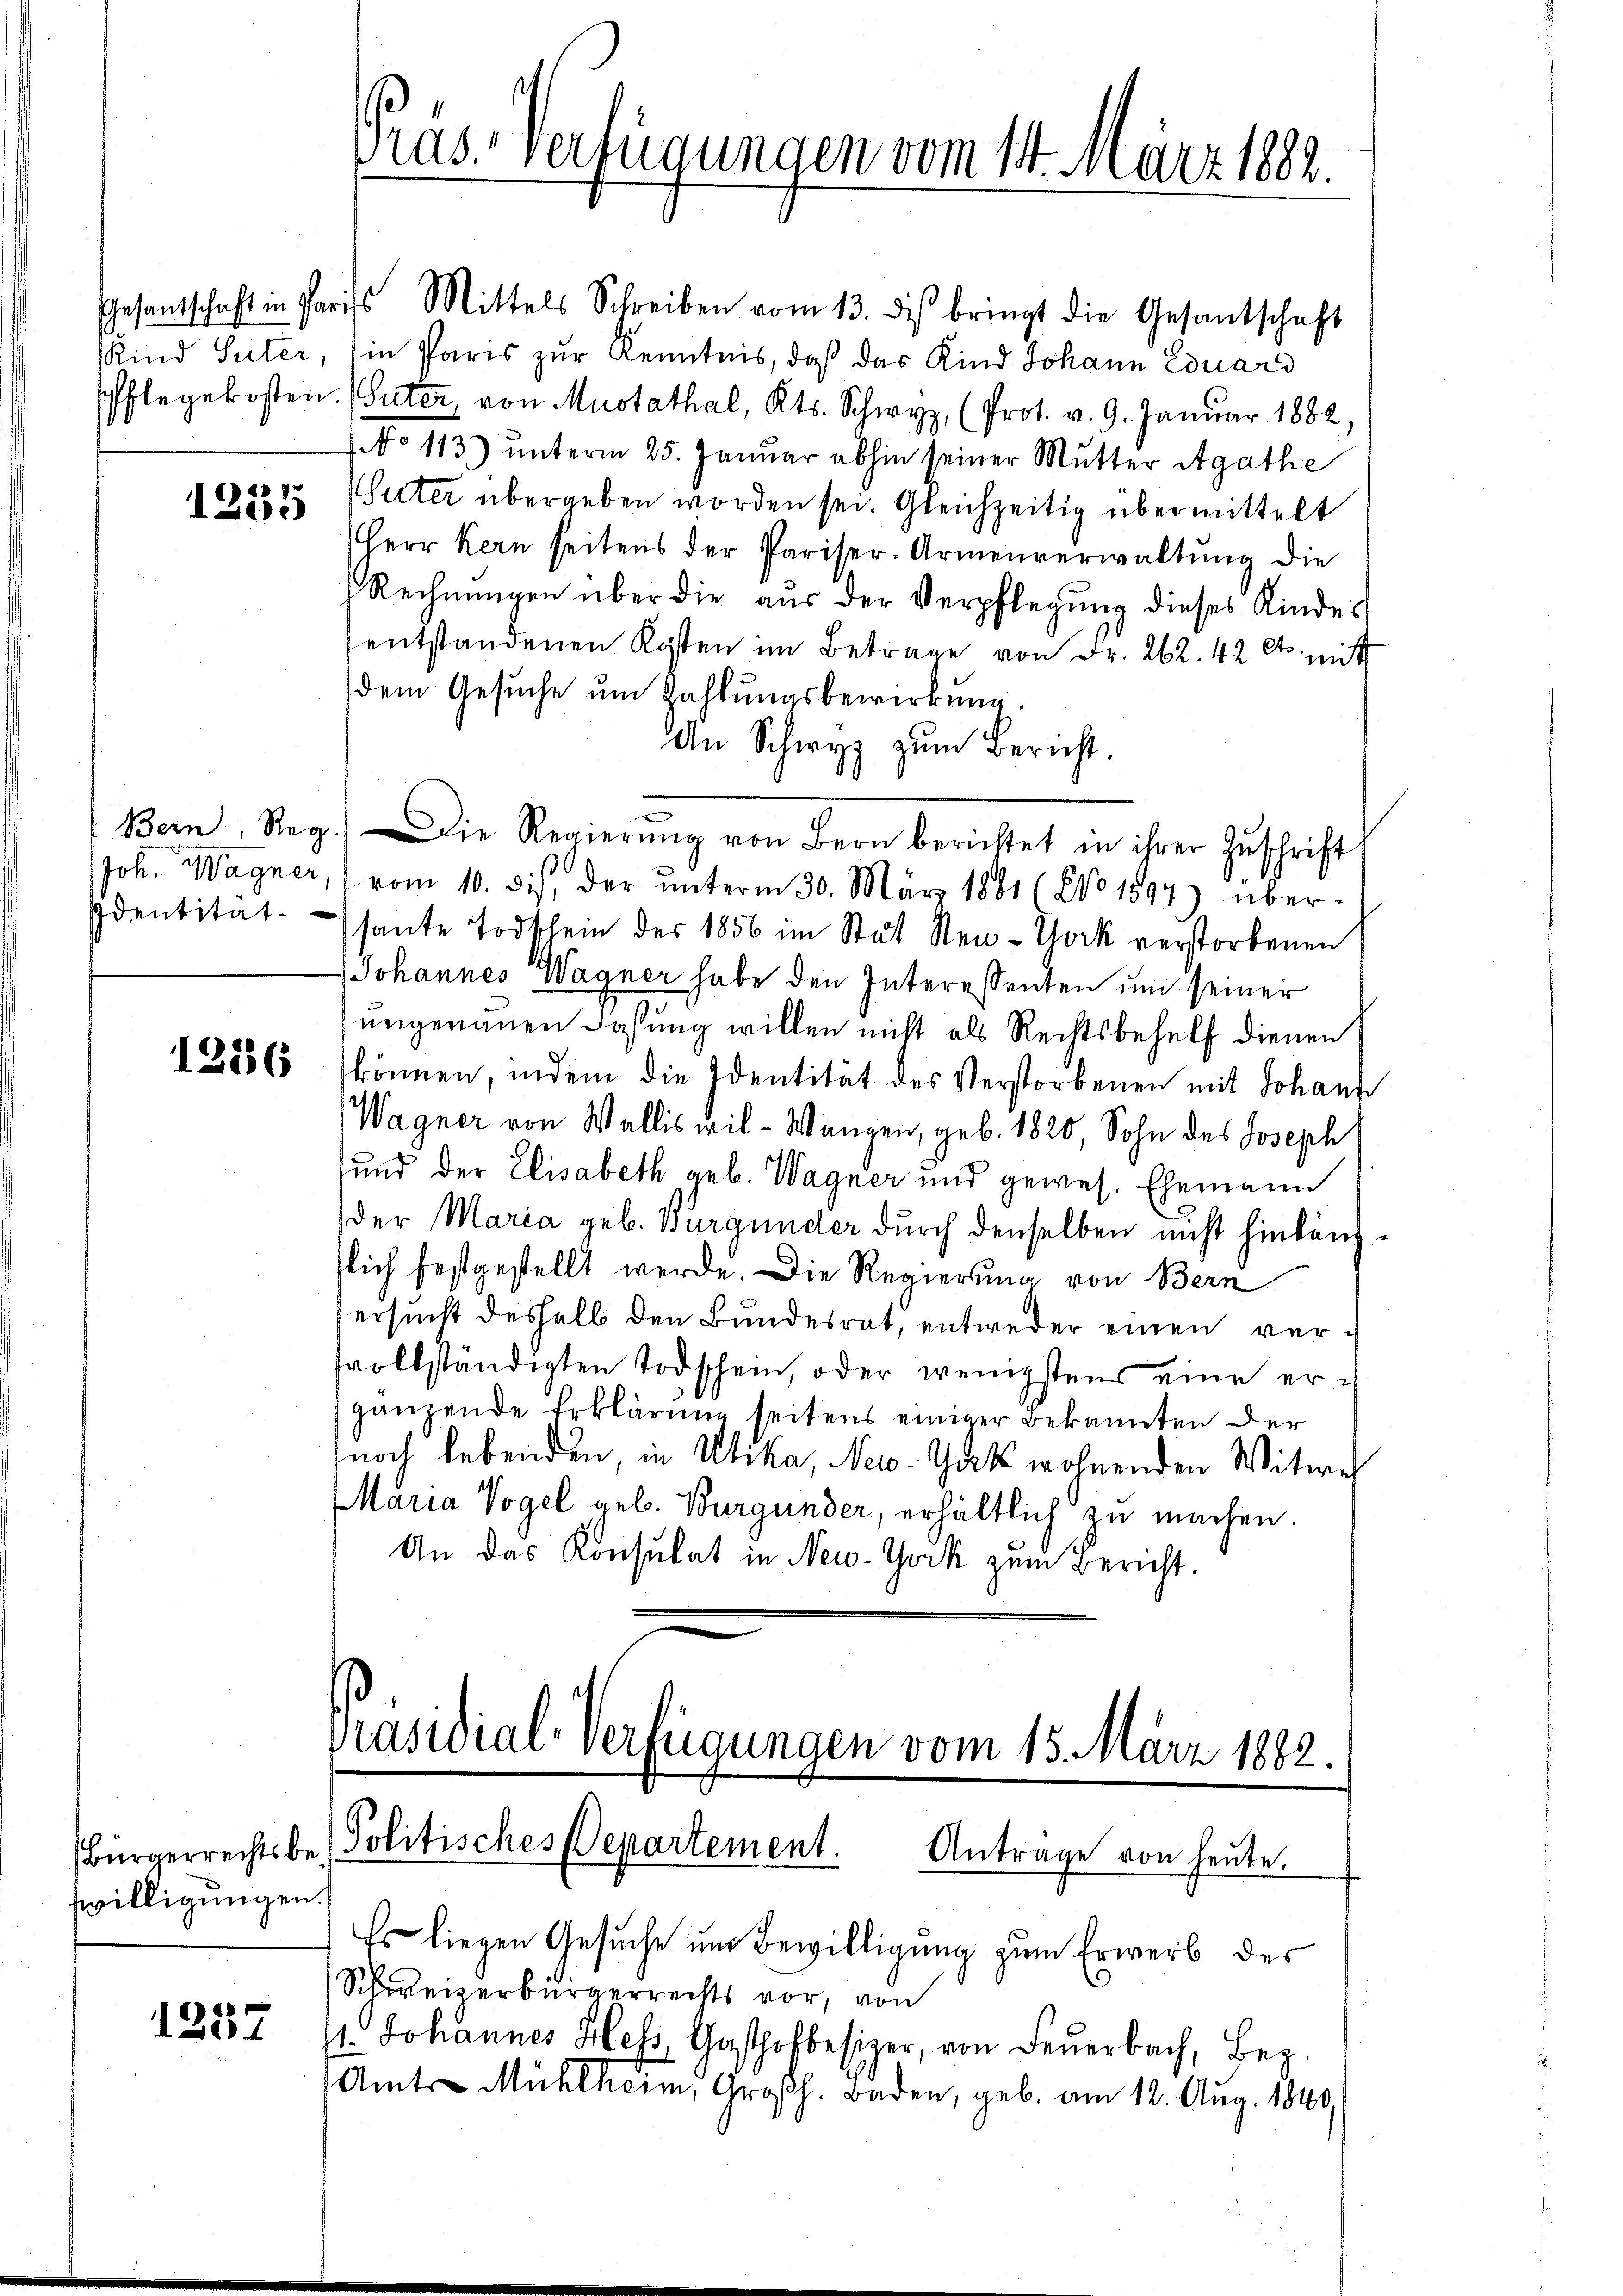
1255

Identität.

12136

willigungen.

1257

Pras verfügungen vom 14. März 1882.

Gesantschaft in Paris Mittels Schreiben vom 13. dis bringt die Gesantschaft
Kind Suter, in Paris zur Kenntnis, daß das Kind Johann Eduard
Pflegekosten. Suter von Mustathal, Kts. Schwyz, (Prot. v. 9. Januar 1882,
No 113) unterm 25. Januar abhin seiner Mutter Agathe
Uuter übergeben worden sei. Gleichzeitig übermittelt
Herr Kern seitens der Pariser-Armenverwaltŭng die
Rechnungen über die aus der Verpflegung dieses Kindes
entstandenen Kosten im Betrage von Fr. 262. 42 et nicht
dem Gesuche um Zahlungsbewirkung.
An Schwyz zŭm Bericht.
Bern, Reg. Die Regierŭng von Bern berichtet in ihrer Zŭschrift
Joh. Wagner, vom 10. Des, der unterm 30. März 1881 (No 1594) übersante Todschein des 1856 im Stat New-York verstorbenen
Johannes Wagner habe den Interessenten um seiner
ungerauen Dosung willen nicht als Rechtsbehelf dienen
können, indem die Identität des Verstorbenen mit Johann
Wagner von Wallis wil-Wangen, geb. 1820, Sohn des Joseph
und der Elisabeth geb. Wagner und gewes. Ehemann
der Maria geb. Burgunder durch denselben nicht hinlängflich festgestellt werde. Die Regierung von Bern
ersucht deshalb den Bundesrat, entweder einen verfvollständigten Todschein, oder wenigstens eine ergänzende Erklärung seitens einiger Bekannten der
noch lebenden in Utika, New-Guts wohnenden Witwe
Maria Vogel geb. Burgunder, erhältlich zu machen.
An das Konsulat in New-York zum Bericht.

Präsidial-Verfügungen vom 15. März 1882.
Bürgerrechtsbe - Politisches Departement. Antrage von heute.
Es liegen Gesuche um Bewilligung zum Erwerb des

Schweizerbürgerrechts vor, von
11. Johannes Hess, Gasthofbesizer, von Feuerbach, Bez.
Amts-Mühlheim, Großh. Baden, geb. am 12. Aug. 1840,